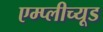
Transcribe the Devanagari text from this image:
एम्प्लीच्यूड